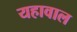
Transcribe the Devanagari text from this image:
यहावाल